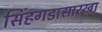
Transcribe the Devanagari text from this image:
सिंहगडासारखा